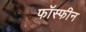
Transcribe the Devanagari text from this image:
फॉस्फीन